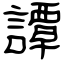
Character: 譚